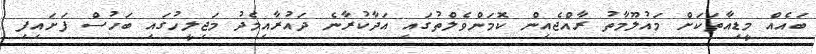
ބައެއް މީޑިއާތަކަށް މައުލޫމާތު ރާއްޖެއިން ކޮމަންވެލްތުގައި އަދާކުރާނެ ދައުރާއިމެދު މަޖިލީހުގައި ބަހުސް ފަށައިފި